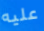
عليه